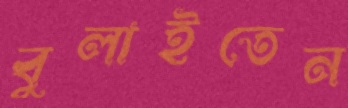
বুলাইতেন